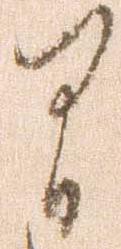
間